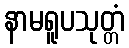
နာမရူပသုတ္တံ